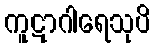
ကူဋာဂါရေသုပိ